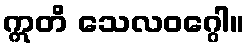
ဣတိ သေလဝဂ္ဂေါ။